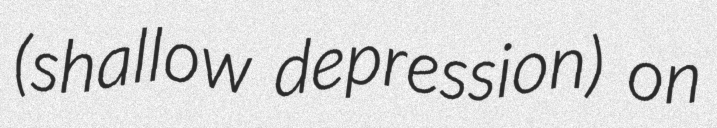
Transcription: (shallow depression) on